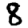
Digit: 8